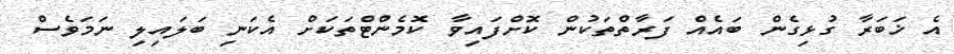
އެ ޚަބަރާ ގުޅިގެން ބައެއް ފަރާތްތަކުން ކޮށްފައިވާ ކޮމެންޓްތަކަށް އެކަނި ބަލައިލި ނަމަވެސް